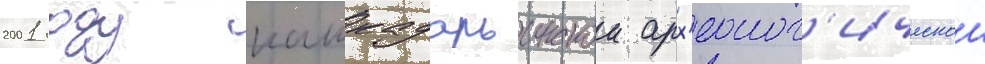
2001 году кашкадарьинскои арх'еолог'ическои